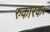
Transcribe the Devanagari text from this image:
रुकारकः